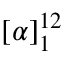
[ \alpha ] _ { 1 } ^ { 1 2 }